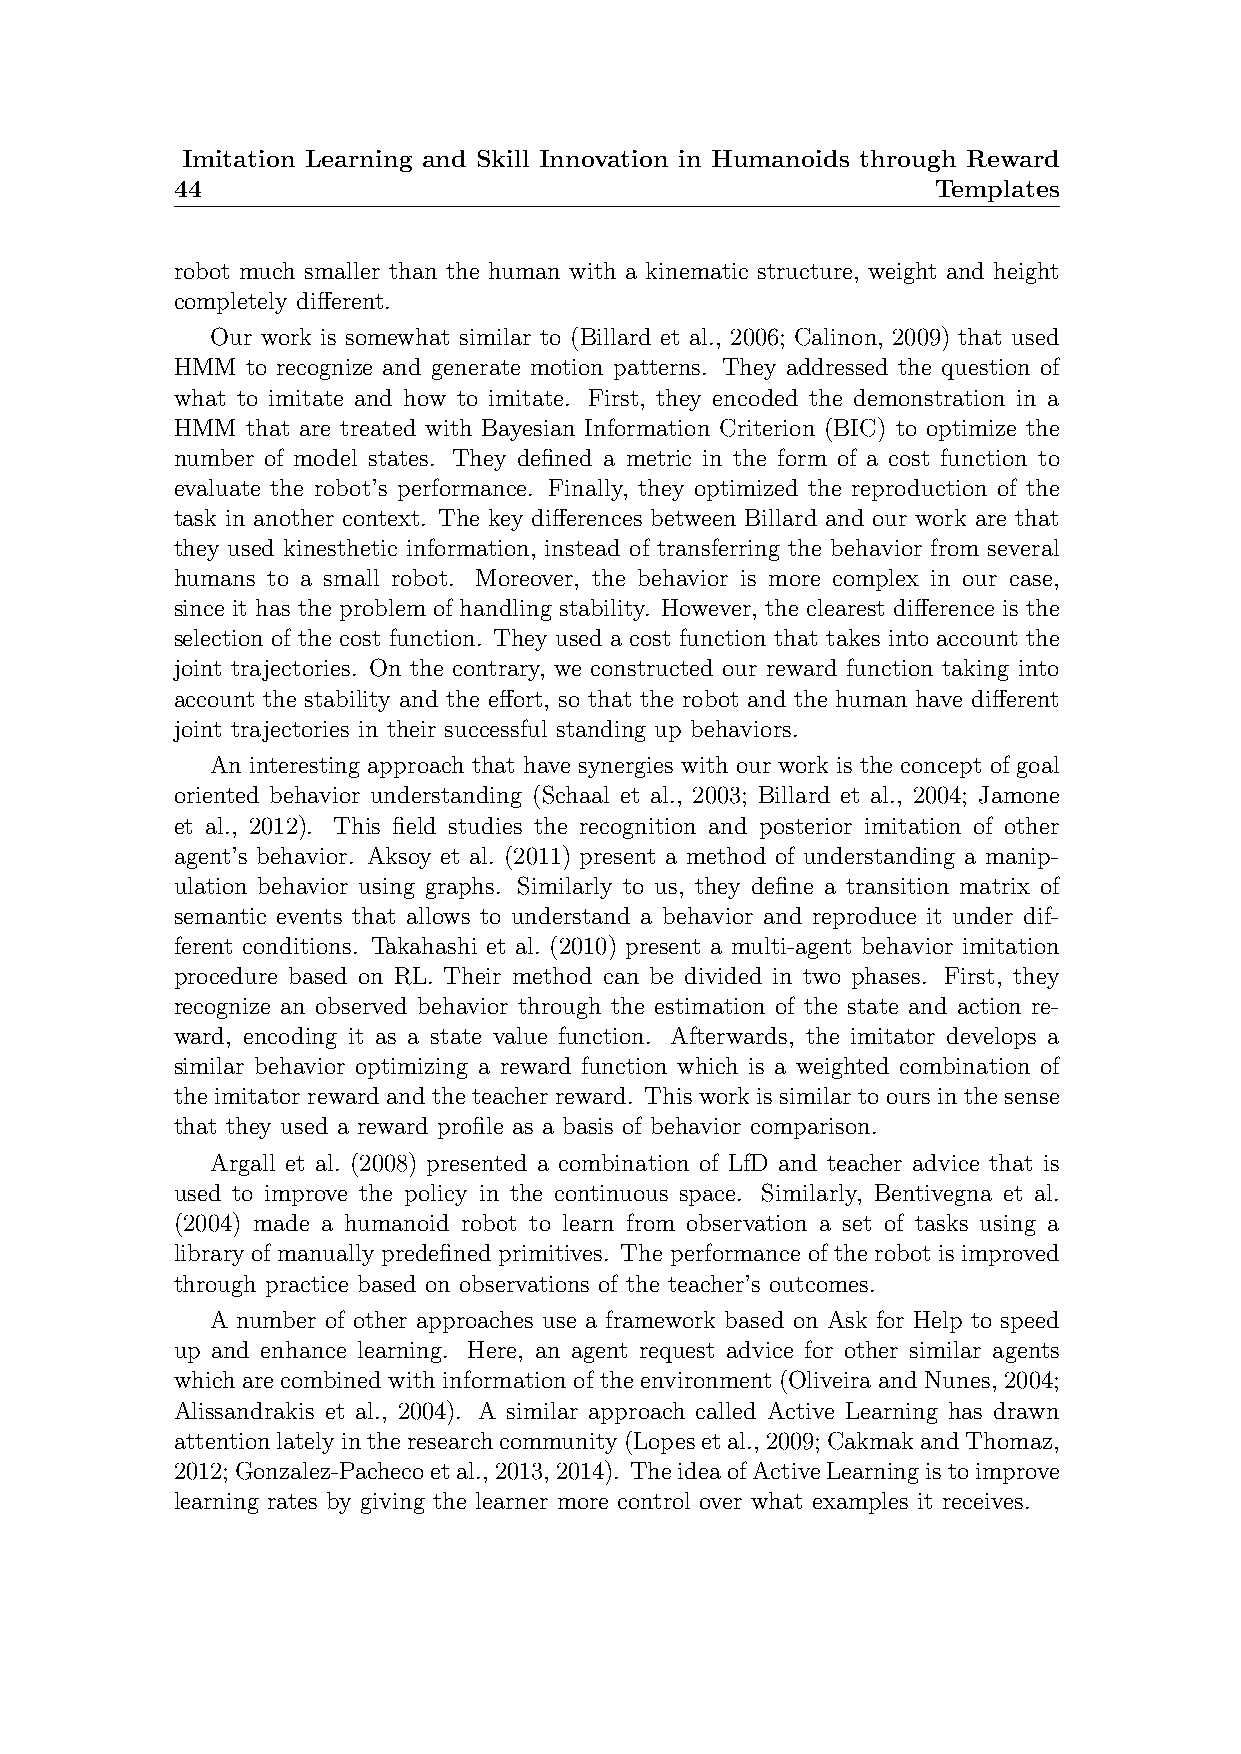
Imitation Learning and Skill Innovation in Humanoids through Reward
 44                                                 Templates
 robot much smaller than the human with a kinematic structure, weight and height
 completely different.
 Our work is somewhat similar to (Billard et al., 2006; Calinon, 2009) that used
 HMM  to recognize and generate motion patterns. They addressed the question of
 what to imitate and how to imitate. First, they encoded the demonstration in a
 HMM  that are treated with Bayesian Information Criterion (BIC) to optimize the
 number of model states. They defined a metric in the form of a cost function to
 evaluate the robot’s performance. Finally, they optimized the reproduction of the
 task in another context. The key differences between Billard and our work are that
 they used kinesthetic information, instead of transferring the behavior from several
 humans to a small robot. Moreover, the behavior is more complex in our case,
 since it has the problem of handling stability. However, the clearest difference is the
 selection of the cost function. They used a cost function that takes into account the
 joint trajectories. On the contrary, we constructed our reward function taking into
 account the stability and the effort, so that the robot and the human have different
 joint trajectories in their successful standing up behaviors.
 An interesting approach that have synergies with our work is the concept of goal
 oriented behavior understanding (Schaal et al., 2003; Billard et al., 2004; Jamone
 et al., 2012). This field studies the recognition and posterior imitation of other
 agent’s behavior. Aksoy et al. (2011) present a method of understanding a manip-
 ulation behavior using graphs. Similarly to us, they define a transition matrix of
 semantic events that allows to understand a behavior and reproduce it under dif-
 ferent conditions. Takahashi et al. (2010) present a multi-agent behavior imitation
 procedure based on RL. Their method can be divided in two phases. First, they
 recognize an observed behavior through the estimation of the state and action re-
 ward, encoding it as a state value function. Afterwards, the imitator develops a
 similar behavior optimizing a reward function which is a weighted combination of
 the imitator reward and the teacher reward. This work is similar to ours in the sense
 that they used a reward profile as a basis of behavior comparison.
 Argall et al. (2008) presented a combination of LfD and teacher advice that is
 used to improve the policy in the continuous space. Similarly, Bentivegna et al.
 (2004) made a humanoid robot to learn from observation a set of tasks using a
 library of manually predefined primitives. The performance of the robot is improved
 through practice based on observations of the teacher’s outcomes.
 A number of other approaches use a framework based on Ask for Help to speed
 up and enhance learning. Here, an agent request advice for other similar agents
 which are combined with information of the environment (Oliveira and Nunes, 2004;
 Alissandrakis et al., 2004). A similar approach called Active Learning has drawn
 attentionlatelyintheresearchcommunity(Lopesetal.,2009;CakmakandThomaz,
 2012;Gonzalez-Pachecoetal.,2013,2014). TheideaofActiveLearningistoimprove
 learning rates by giving the learner more control over what examples it receives.